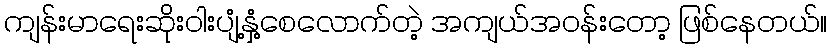
ကျန်းမာရေးဆိုးဝါးပျံ့နှံ့စေလောက်တဲ့ အကျယ်အဝန်းတော့ ဖြစ်နေတယ်။